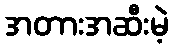
အတားအဆီးမဲ့